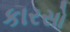
કારસો